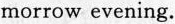
morrow evening.